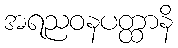
အရညဝနပတ္ထာနိ